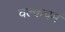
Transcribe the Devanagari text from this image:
वल्कचर्म